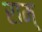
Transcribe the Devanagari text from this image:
राम्‌